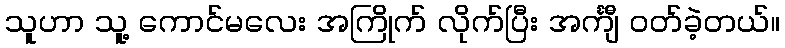
သူဟာ သူ့ ကောင်မလေး အကြိုက် လိုက်ပြီး အင်္ကျီ ဝတ်ခဲ့တယ်။